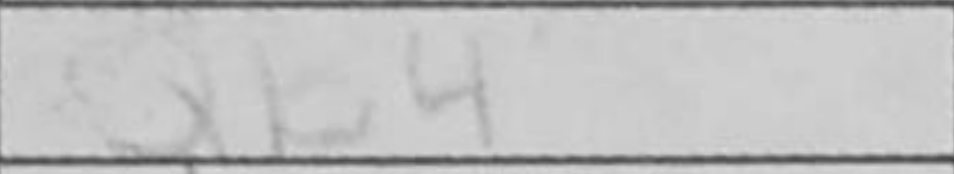
Transcription: Qb4